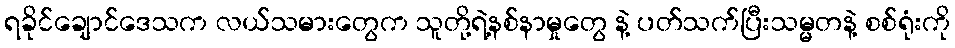
ရခိုင်ချောင်ဒေသက လယ်သမားတွေက သူတို့ရဲ့နစ်နာမှုတွေ နဲ့ ပတ်သက်ပြီးသမ္မတနဲ့ စစ်ရုံးကို